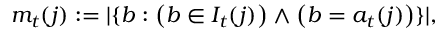
m _ { t } ( j ) : = | \{ b : \left( b \in I _ { t } ( j ) \right) \land \left( b = a _ { t } ( j ) \right) \} | ,